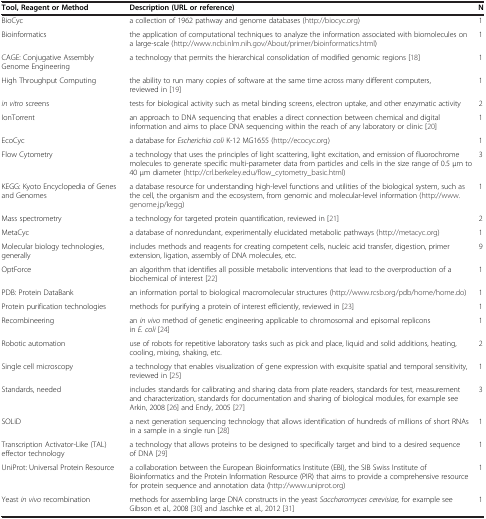
<table><thead><tr><td><b>Tool, Reagent or Method</b></td><td><b>Description (URL or reference)</b></td><td><b>N</b></td></tr></thead><tbody><tr><td>BioCyc</td><td>a collection of 1962 pathway and genome databases (http://biocyc.org)</td><td>1</td></tr><tr><td>Bioinformatics</td><td>the application of computational techniques to analyze the information associated with biomolecules on a large-scale (http://www.ncbi.nlm.nih.gov/About/primer/bioinformatics.html)</td><td>1</td></tr><tr><td>CAGE: Conjugative Assembly Genome Engineering</td><td>a technology that permits the hierarchical consolidation of modified genomic regions [18]</td><td>1</td></tr><tr><td>High Throughput Computing</td><td>the ability to run many copies of software at the same time across many different computers, reviewed in [19]</td><td>1</td></tr><tr><td><i>in vitro</i> screens</td><td>tests for biological activity such as metal binding screens, electron uptake, and other enzymatic activity</td><td>2</td></tr><tr><td>IonTorrent</td><td>an approach to DNA sequencing that enables a direct connection between chemical and digital information and aims to place DNA sequencing within the reach of any laboratory or clinic [20]</td><td>1</td></tr><tr><td>EcoCyc</td><td>a database for <i>Escherichia coli</i> K-12 MG1655 (http://ecocyc.org)</td><td>1</td></tr><tr><td>Flow Cytometry</td><td>a technology that uses the principles of light scattering, light excitation, and emission of fluorochrome molecules to generate specific multi-parameter data from particles and cells in the size range of 0.5 μm to 40 μm diameter (http://crl.berkeley.edu/flow_cytometry_basic.html)</td><td>3</td></tr><tr><td>KEGG: Kyoto Encyclopedia of Genes and Genomes</td><td>a database resource for understanding high-level functions and utilities of the biological system, such as the cell, the organism and the ecosystem, from genomic and molecular-level information (http://www.genome.jp/kegg)</td><td>1</td></tr><tr><td>Mass spectrometry</td><td>a technology for targeted protein quantification, reviewed in [21]</td><td>2</td></tr><tr><td>MetaCyc</td><td>a database of nonredundant, experimentally elucidated metabolic pathways (http://metacyc.org)</td><td>1</td></tr><tr><td>Molecular biology technologies, generally</td><td>includes methods and reagents for creating competent cells, nucleic acid transfer, digestion, primer extension, ligation, assembly of DNA molecules, etc.</td><td>9</td></tr><tr><td>OptForce</td><td>an algorithm that identifies all possible metabolic interventions that lead to the overproduction of a biochemical of interest [22]</td><td>1</td></tr><tr><td>PDB: Protein DataBank</td><td>an information portal to biological macromolecular structures (http://www.rcsb.org/pdb/home/home.do)</td><td>1</td></tr><tr><td>Protein purification technologies</td><td>methods for purifying a protein of interest efficiently, reviewed in [23]</td><td>1</td></tr><tr><td>Recombineering</td><td>an <i>in vivo</i> method of genetic engineering applicable to chromosomal and episomal replicons in <i>E. coli</i>[24]</td><td>1</td></tr><tr><td>Robotic automation</td><td>use of robots for repetitive laboratory tasks such as pick and place, liquid and solid additions, heating, cooling, mixing, shaking, etc.</td><td>2</td></tr><tr><td>Single cell microscopy</td><td>a technology that enables visualization of gene expression with exquisite spatial and temporal sensitivity, reviewed in [25]</td><td>1</td></tr><tr><td>Standards, needed</td><td>includes standards for calibrating and sharing data from plate readers, standards for test, measurement and characterization, standards for documentation and sharing of biological modules, for example see Arkin, 2008 [26] and Endy, 2005 [27]</td><td>3</td></tr><tr><td>SOLiD</td><td>a next generation sequencing technology that allows identification of hundreds of millions of short RNAs in a sample in a single run [28]</td><td>1</td></tr><tr><td>Transcription Activator-Like (TAL) effector technology</td><td>a technology that allows proteins to be designed to specifically target and bind to a desired sequence of DNA [29]</td><td>1</td></tr><tr><td>UniProt: Universal Protein Resource</td><td>a collaboration between the European Bioinformatics Institute (EBI), the SIB Swiss Institute of Bioinformatics and the Protein Information Resource (PIR) that aims to provide a comprehensive resource for protein sequence and annotation data (http://www.uniprot.org)</td><td>1</td></tr><tr><td>Yeast <i>in vivo</i> recombination</td><td>methods for assembling large DNA constructs in the yeast <i>Saccharomyces cerevisiae,</i> for example see Gibson et al., 2008 [30] and Jaschke et al., 2012 [31]</td><td>1</td></tr></tbody></table>